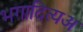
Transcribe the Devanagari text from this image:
भगादित्यअ